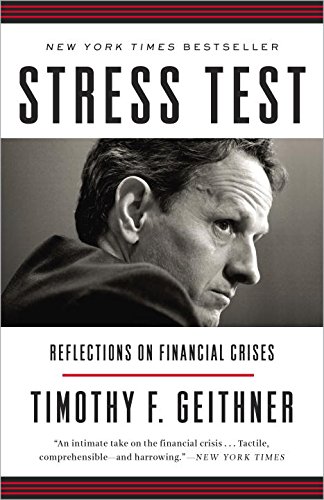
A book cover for Stress Test: Reflections on Financial Crises; Timothy F. Geithner; Business & Money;